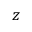
z